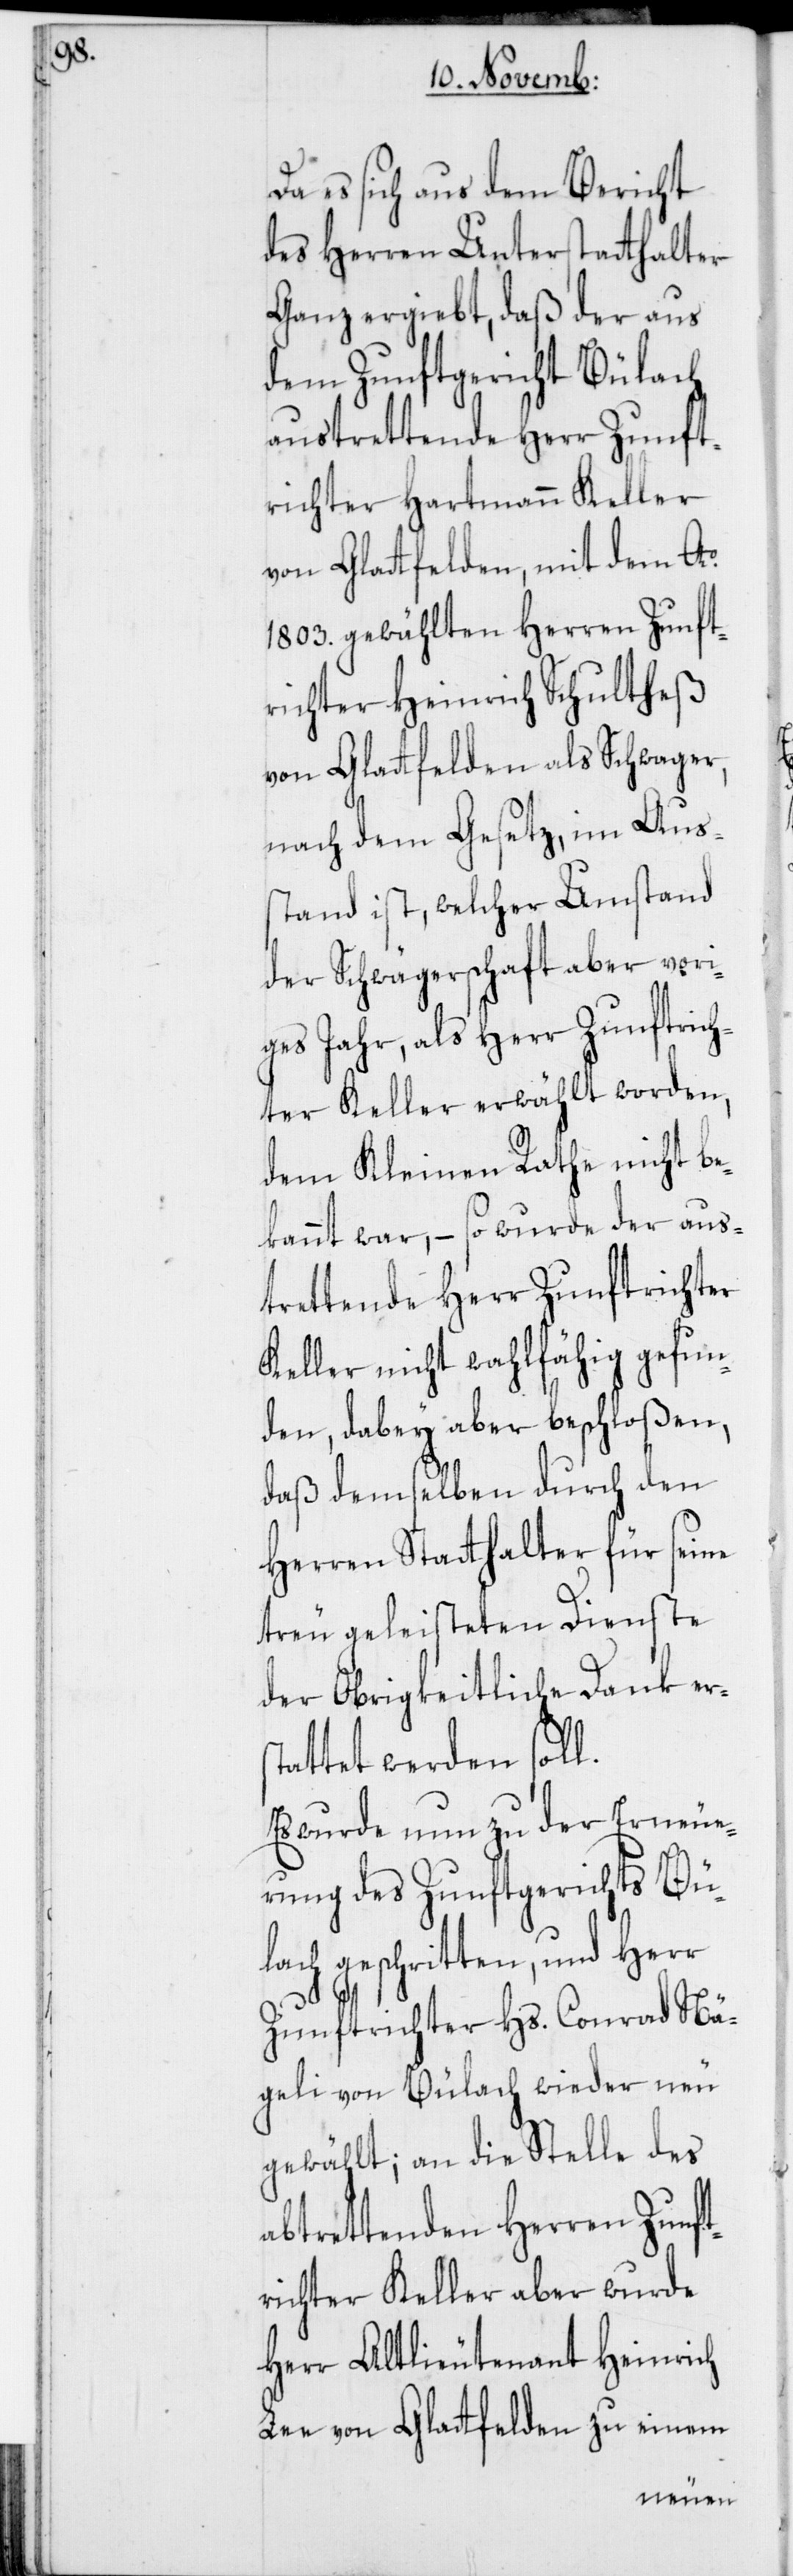
Da es sich aus dem Bericht
des Herren Unterstatthalter
Ganz ergiebt, daß der aus
dem Zunftgericht Bülach
austrettende Herr Zunft¬
richter Hartmann Keller
von Glattfelden, mit dem Ao.
1803 gewählten Herren Zunft¬
richter Heinrich Schultheß
von Glattfelden als Schwager,
nach dem Gesetz, im Aus¬
stand ist, welcher Umstand
der Schwägerschaft aber vori¬
ges Jahr, als Herr Zunftrich¬
ter Keller erwählt worden,
dem Kleinen Rathe nicht be¬
kannt war, – so wurde der aus¬
trettende Herr Zunftrichter
Keller nicht wahlfähig gefun¬
den, dabey aber beschloßen,
daß demselben durch den
Herren Statthalter für seine
treu geleisteten Dienste
der Obrigkeitliche Dank ers¬
tattet werden soll.
Es wurde nun zu der Erneue¬
rung des Zunftgerichts Bül¬
ach geschritten, und Herr
Zunftrichter Hs. Conrad Nä¬
geli von Bülach wieder neu
gewählt; an die Stelle des
abtrettenden Herren Zunft¬
richter Keller aber wurde
Herr Altlieutenant Heinrich
Lee von Glattfelden zu einem